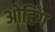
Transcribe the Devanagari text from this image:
ओटिंग